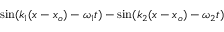
\sin ( k _ { 1 } ( x - x _ { o } ) - \omega _ { 1 } t ) - \sin ( k _ { 2 } ( x - x _ { o } ) - \omega _ { 2 } t )